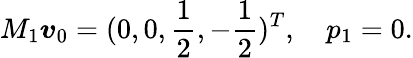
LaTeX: M_{1}\boldsymbol{v}_{0}=(0,0,\frac{1}{2},-\frac{1}{2})^{T},\quad p_{1}=0.